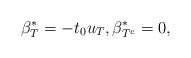
LaTeX: \begin{align*} \beta^*_T = - t_0 u_T, \beta^*_{T^c} = 0, \end{align*}